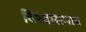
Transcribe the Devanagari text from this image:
विश्वासमात्र